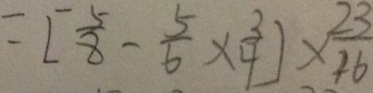
= [ \frac { 5 } { 8 } - \frac { 5 } { 6 } \times \frac { 3 } { 4 } ] \times \frac { 2 3 } { 1 6 }